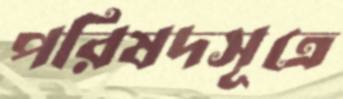
পরিষদসূত্রে